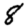
Digit: 8